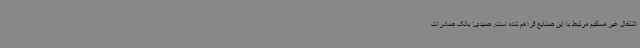
اشتغال غیر مستقیم مرتبط با این صنایع فراهم شده است. صیدی: بانک صادرات